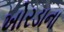
ખોરડાના